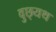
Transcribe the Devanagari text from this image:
वुछ्यथ